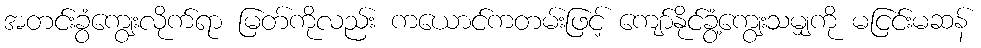
အတင်းခွံကျွေးလိုက်ရာ မြတ်ကိုလည်း ကယောင်ကတမ်းဖြင့် ကျော်နိုင်ခွံ့ကျွေးသမျှကို မငြင်းမဆန်